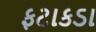
ફટાકડા